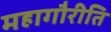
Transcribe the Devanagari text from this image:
महागौरीति